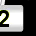
Digit: 2